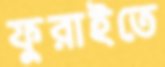
ফুরাইতে